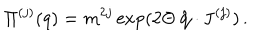
LaTeX: \Pi ^ { ( j ) } ( q ) = m ^ { 2 j } \exp ( 2 \Theta \, \hat { \bf q } \cdot { \bf J } ^ { ( j ) } ) \, .